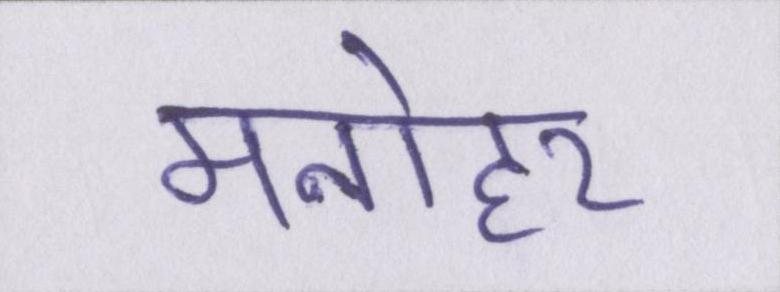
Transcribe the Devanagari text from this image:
मनोहर